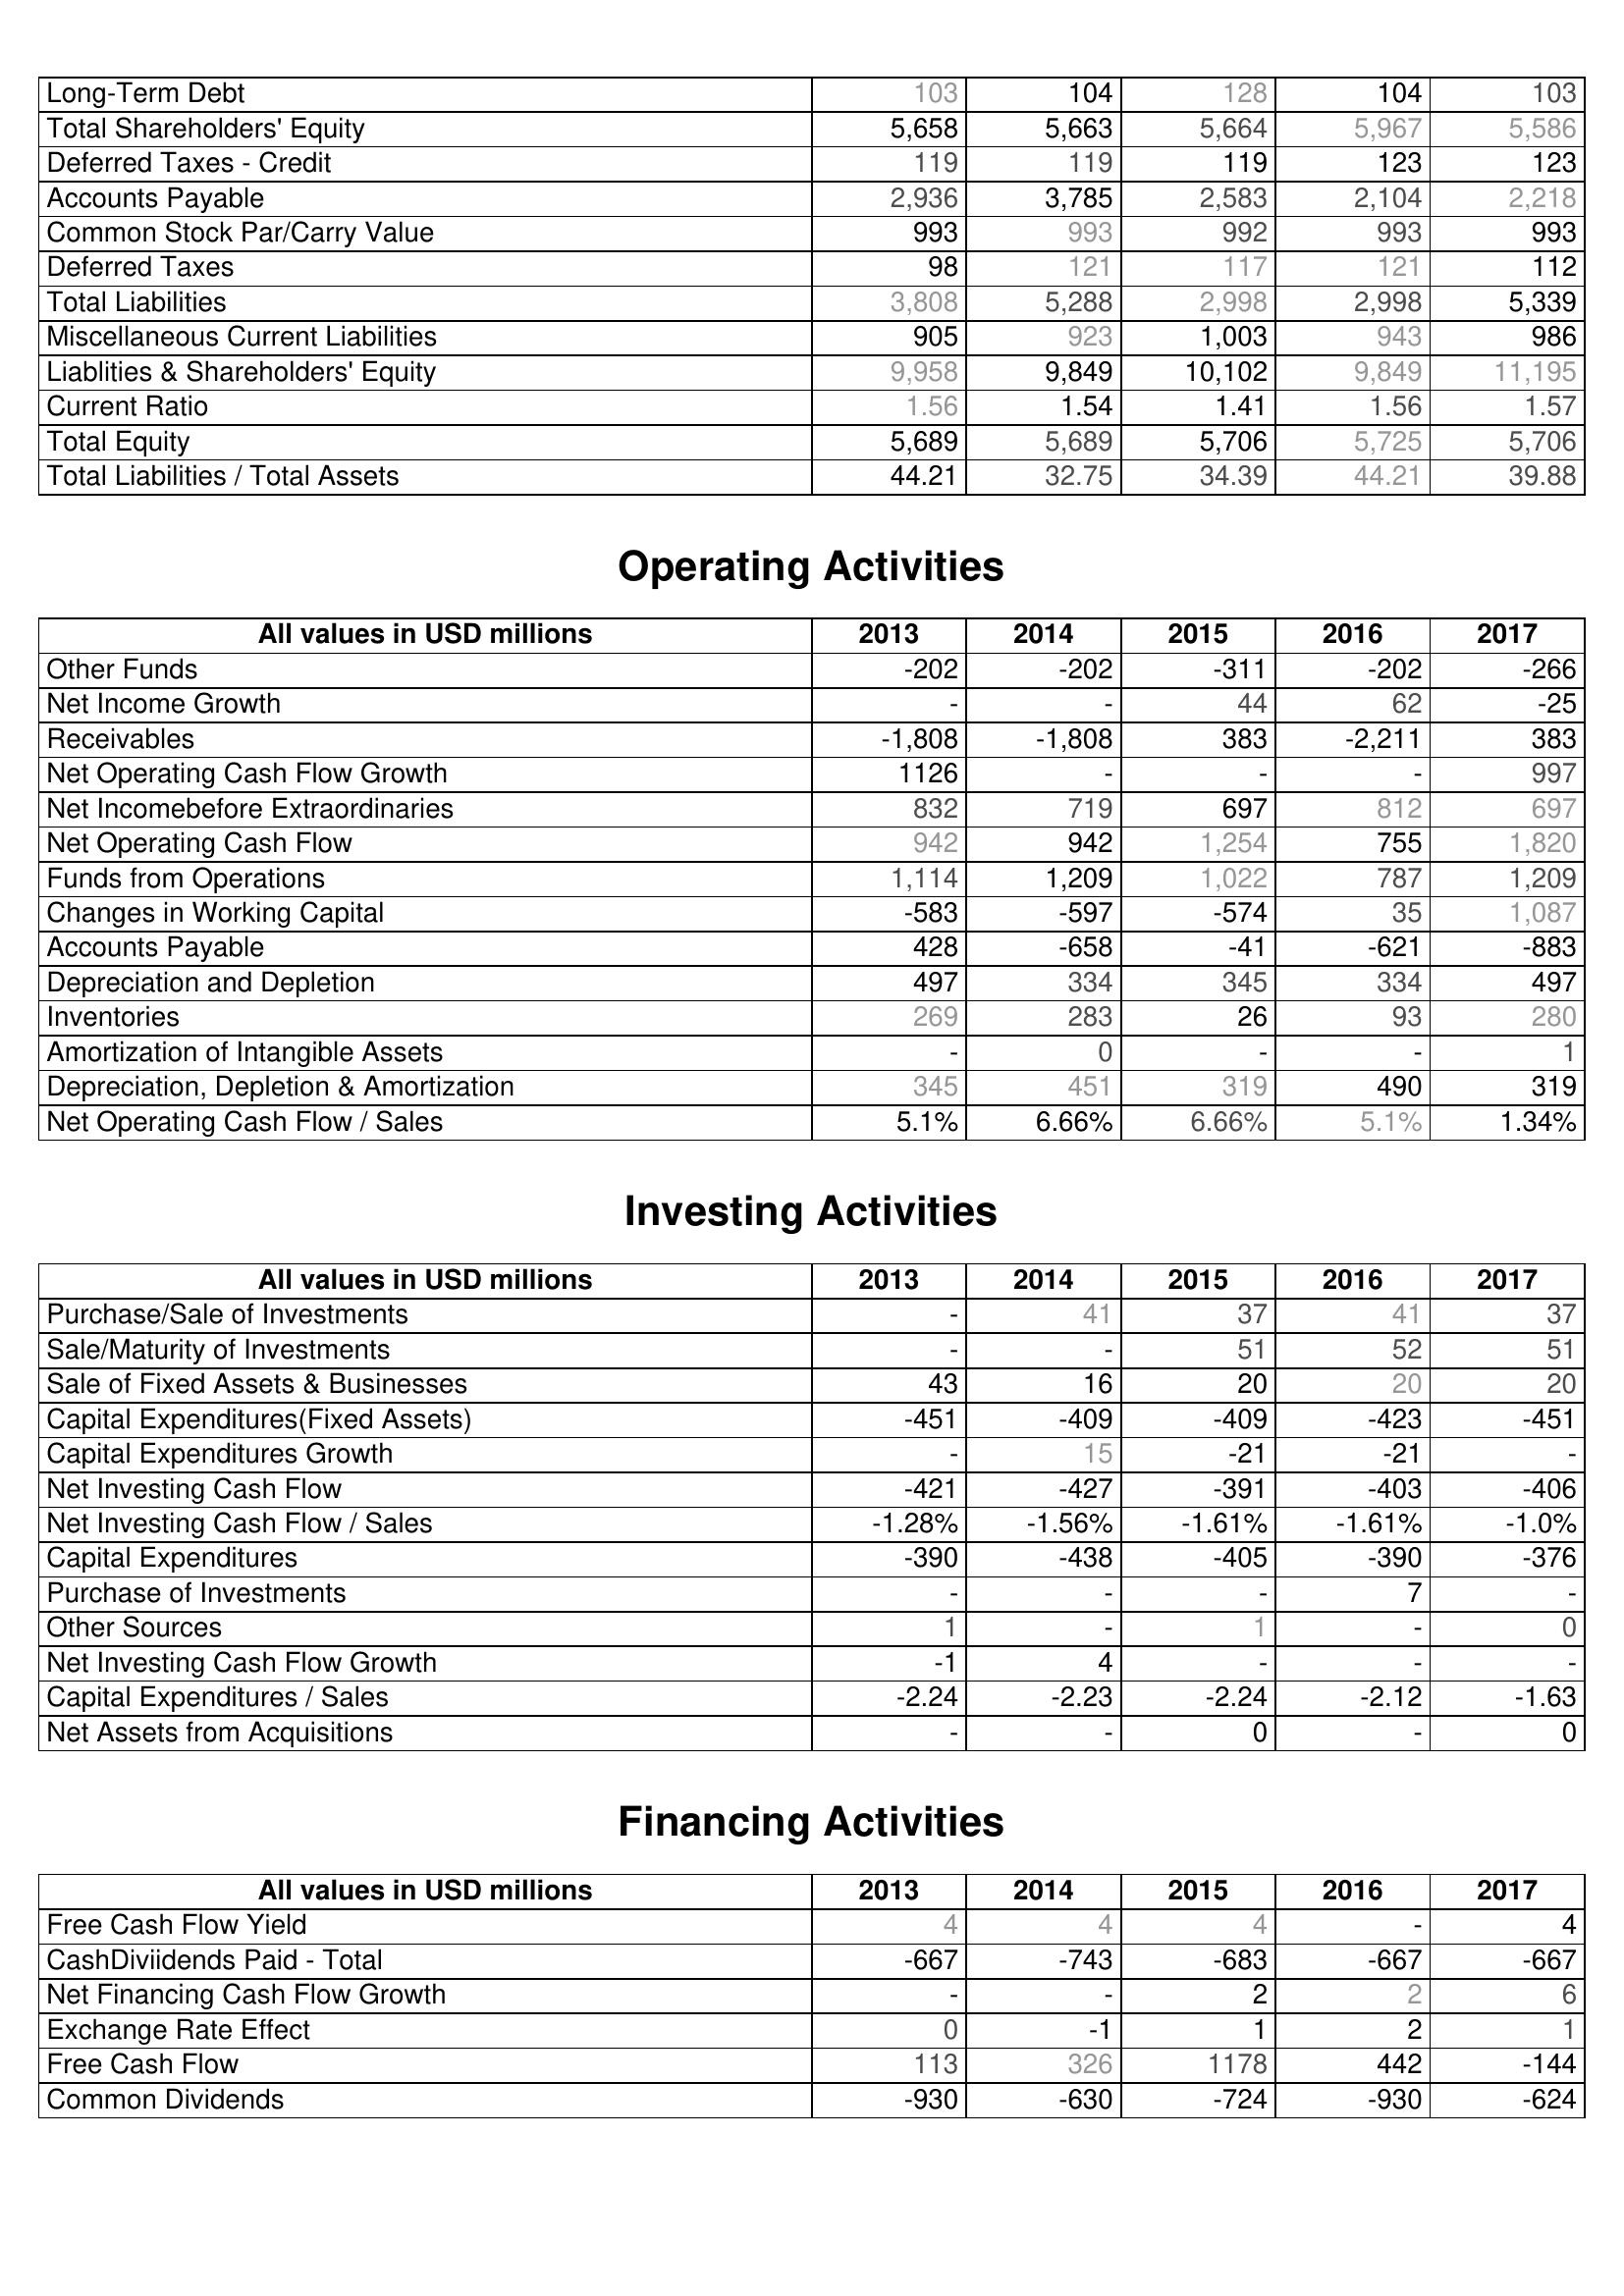
2013: Liabilities & Shareholder's Equity: Long-Term Debt: 103
Total Shareholders' Equity: 5,658
Deferred Taxes - Credit: 119
Accounts Payable: 2,936
Common Stock Par/Carry Value: 993
Deferred Taxes: 98
Total Liabilities: 3,808
Miscellaneous Current Liabilities: 905
Liablities & Shareholders' Equity: 9,958
Current Ratio: 1.56
Total Equity: 5,689
Total Liabilities / Total Assets: 44.21
Operating Activities: Other Funds: -202
Net Income Growth: -
Receivables: -1,808
Net Operating Cash Flow Growth: 1126
Net Incomebefore Extraordinaries: 832
Net Operating Cash Flow: 942
Funds from Operations: 1,114
Changes in Working Capital: -583
Accounts Payable: 428
Depreciation and Depletion: 497
Inventories: 269
Amortization of Intangible Assets: -
Depreciation, Depletion & Amortization: 345
Net Operating Cash Flow / Sales: 5.1%
Investing Activities: Purchase/Sale of Investments: -
Sale/Maturity of Investments: -
Sale of Fixed Assets & Businesses: 43
Capital Expenditures(Fixed Assets): -451
Capital Expenditures Growth: -
Net Investing Cash Flow: -421
Net Investing Cash Flow / Sales: -1.28%
Capital Expenditures: -390
Purchase of Investments: -
Other Sources: 1
Net Investing Cash Flow Growth: -1
Capital Expenditures / Sales: -2.24
Net Assets from Acquisitions: -
Financing Activities: Free Cash Flow Yield: 4
CashDiviidends Paid - Total: -667
Net Financing Cash Flow Growth: -
Exchange Rate Effect: 0
Free Cash Flow: 113
Common Dividends: -930
2014: Liabilities & Shareholder's Equity: Long-Term Debt: 104
Total Shareholders' Equity: 5,663
Deferred Taxes - Credit: 119
Accounts Payable: 3,785
Common Stock Par/Carry Value: 993
Deferred Taxes: 121
Total Liabilities: 5,288
Miscellaneous Current Liabilities: 923
Liablities & Shareholders' Equity: 9,849
Current Ratio: 1.54
Total Equity: 5,689
Total Liabilities / Total Assets: 32.75
Operating Activities: Other Funds: -202
Net Income Growth: -
Receivables: -1,808
Net Operating Cash Flow Growth: -
Net Incomebefore Extraordinaries: 719
Net Operating Cash Flow: 942
Funds from Operations: 1,209
Changes in Working Capital: -597
Accounts Payable: -658
Depreciation and Depletion: 334
Inventories: 283
Amortization of Intangible Assets: 0
Depreciation, Depletion & Amortization: 451
Net Operating Cash Flow / Sales: 6.66%
Investing Activities: Purchase/Sale of Investments: 41
Sale/Maturity of Investments: -
Sale of Fixed Assets & Businesses: 16
Capital Expenditures(Fixed Assets): -409
Capital Expenditures Growth: 15
Net Investing Cash Flow: -427
Net Investing Cash Flow / Sales: -1.56%
Capital Expenditures: -438
Purchase of Investments: -
Other Sources: -
Net Investing Cash Flow Growth: 4
Capital Expenditures / Sales: -2.23
Net Assets from Acquisitions: -
Financing Activities: Free Cash Flow Yield: 4
CashDiviidends Paid - Total: -743
Net Financing Cash Flow Growth: -
Exchange Rate Effect: -1
Free Cash Flow: 326
Common Dividends: -630
2015: Liabilities & Shareholder's Equity: Long-Term Debt: 128
Total Shareholders' Equity: 5,664
Deferred Taxes - Credit: 119
Accounts Payable: 2,583
Common Stock Par/Carry Value: 992
Deferred Taxes: 117
Total Liabilities: 2,998
Miscellaneous Current Liabilities: 1,003
Liablities & Shareholders' Equity: 10,102
Current Ratio: 1.41
Total Equity: 5,706
Total Liabilities / Total Assets: 34.39
Operating Activities: Other Funds: -311
Net Income Growth: 44
Receivables: 383
Net Operating Cash Flow Growth: -
Net Incomebefore Extraordinaries: 697
Net Operating Cash Flow: 1,254
Funds from Operations: 1,022
Changes in Working Capital: -574
Accounts Payable: -41
Depreciation and Depletion: 345
Inventories: 26
Amortization of Intangible Assets: -
Depreciation, Depletion & Amortization: 319
Net Operating Cash Flow / Sales: 6.66%
Investing Activities: Purchase/Sale of Investments: 37
Sale/Maturity of Investments: 51
Sale of Fixed Assets & Businesses: 20
Capital Expenditures(Fixed Assets): -409
Capital Expenditures Growth: -21
Net Investing Cash Flow: -391
Net Investing Cash Flow / Sales: -1.61%
Capital Expenditures: -405
Purchase of Investments: -
Other Sources: 1
Net Investing Cash Flow Growth: -
Capital Expenditures / Sales: -2.24
Net Assets from Acquisitions: 0
Financing Activities: Free Cash Flow Yield: 4
CashDiviidends Paid - Total: -683
Net Financing Cash Flow Growth: 2
Exchange Rate Effect: 1
Free Cash Flow: 1178
Common Dividends: -724
2016: Liabilities & Shareholder's Equity: Long-Term Debt: 104
Total Shareholders' Equity: 5,967
Deferred Taxes - Credit: 123
Accounts Payable: 2,104
Common Stock Par/Carry Value: 993
Deferred Taxes: 121
Total Liabilities: 2,998
Miscellaneous Current Liabilities: 943
Liablities & Shareholders' Equity: 9,849
Current Ratio: 1.56
Total Equity: 5,725
Total Liabilities / Total Assets: 44.21
Operating Activities: Other Funds: -202
Net Income Growth: 62
Receivables: -2,211
Net Operating Cash Flow Growth: -
Net Incomebefore Extraordinaries: 812
Net Operating Cash Flow: 755
Funds from Operations: 787
Changes in Working Capital: 35
Accounts Payable: -621
Depreciation and Depletion: 334
Inventories: 93
Amortization of Intangible Assets: -
Depreciation, Depletion & Amortization: 490
Net Operating Cash Flow / Sales: 5.1%
Investing Activities: Purchase/Sale of Investments: 41
Sale/Maturity of Investments: 52
Sale of Fixed Assets & Businesses: 20
Capital Expenditures(Fixed Assets): -423
Capital Expenditures Growth: -21
Net Investing Cash Flow: -403
Net Investing Cash Flow / Sales: -1.61%
Capital Expenditures: -390
Purchase of Investments: 7
Other Sources: -
Net Investing Cash Flow Growth: -
Capital Expenditures / Sales: -2.12
Net Assets from Acquisitions: -
Financing Activities: Free Cash Flow Yield: -
CashDiviidends Paid - Total: -667
Net Financing Cash Flow Growth: 2
Exchange Rate Effect: 2
Free Cash Flow: 442
Common Dividends: -930
2017: Liabilities & Shareholder's Equity: Long-Term Debt: 103
Total Shareholders' Equity: 5,586
Deferred Taxes - Credit: 123
Accounts Payable: 2,218
Common Stock Par/Carry Value: 993
Deferred Taxes: 112
Total Liabilities: 5,339
Miscellaneous Current Liabilities: 986
Liablities & Shareholders' Equity: 11,195
Current Ratio: 1.57
Total Equity: 5,706
Total Liabilities / Total Assets: 39.88
Operating Activities: Other Funds: -266
Net Income Growth: -25
Receivables: 383
Net Operating Cash Flow Growth: 997
Net Incomebefore Extraordinaries: 697
Net Operating Cash Flow: 1,820
Funds from Operations: 1,209
Changes in Working Capital: 1,087
Accounts Payable: -883
Depreciation and Depletion: 497
Inventories: 280
Amortization of Intangible Assets: 1
Depreciation, Depletion & Amortization: 319
Net Operating Cash Flow / Sales: 1.34%
Investing Activities: Purchase/Sale of Investments: 37
Sale/Maturity of Investments: 51
Sale of Fixed Assets & Businesses: 20
Capital Expenditures(Fixed Assets): -451
Capital Expenditures Growth: -
Net Investing Cash Flow: -406
Net Investing Cash Flow / Sales: -1.0%
Capital Expenditures: -376
Purchase of Investments: -
Other Sources: 0
Net Investing Cash Flow Growth: -
Capital Expenditures / Sales: -1.63
Net Assets from Acquisitions: 0
Financing Activities: Free Cash Flow Yield: 4
CashDiviidends Paid - Total: -667
Net Financing Cash Flow Growth: 6
Exchange Rate Effect: 1
Free Cash Flow: -144
Common Dividends: -624